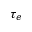
\tau _ { e }